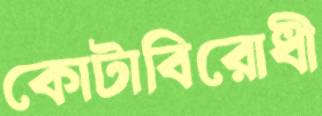
কোটাবিরোধী